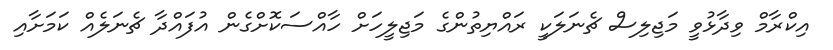
އިކްރާމް ވިދާޅުވީ މަޖިލިސް ޗެނަލަކީ ރައްޔިތުންގެ މަޖިލީހަށް ހާއްސަކޮށްގެން އުފައްދާ ޗެނަލެއް ކަމަށާއި